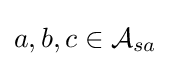
a,b,c\in {\mathcal {A}}_{sa}